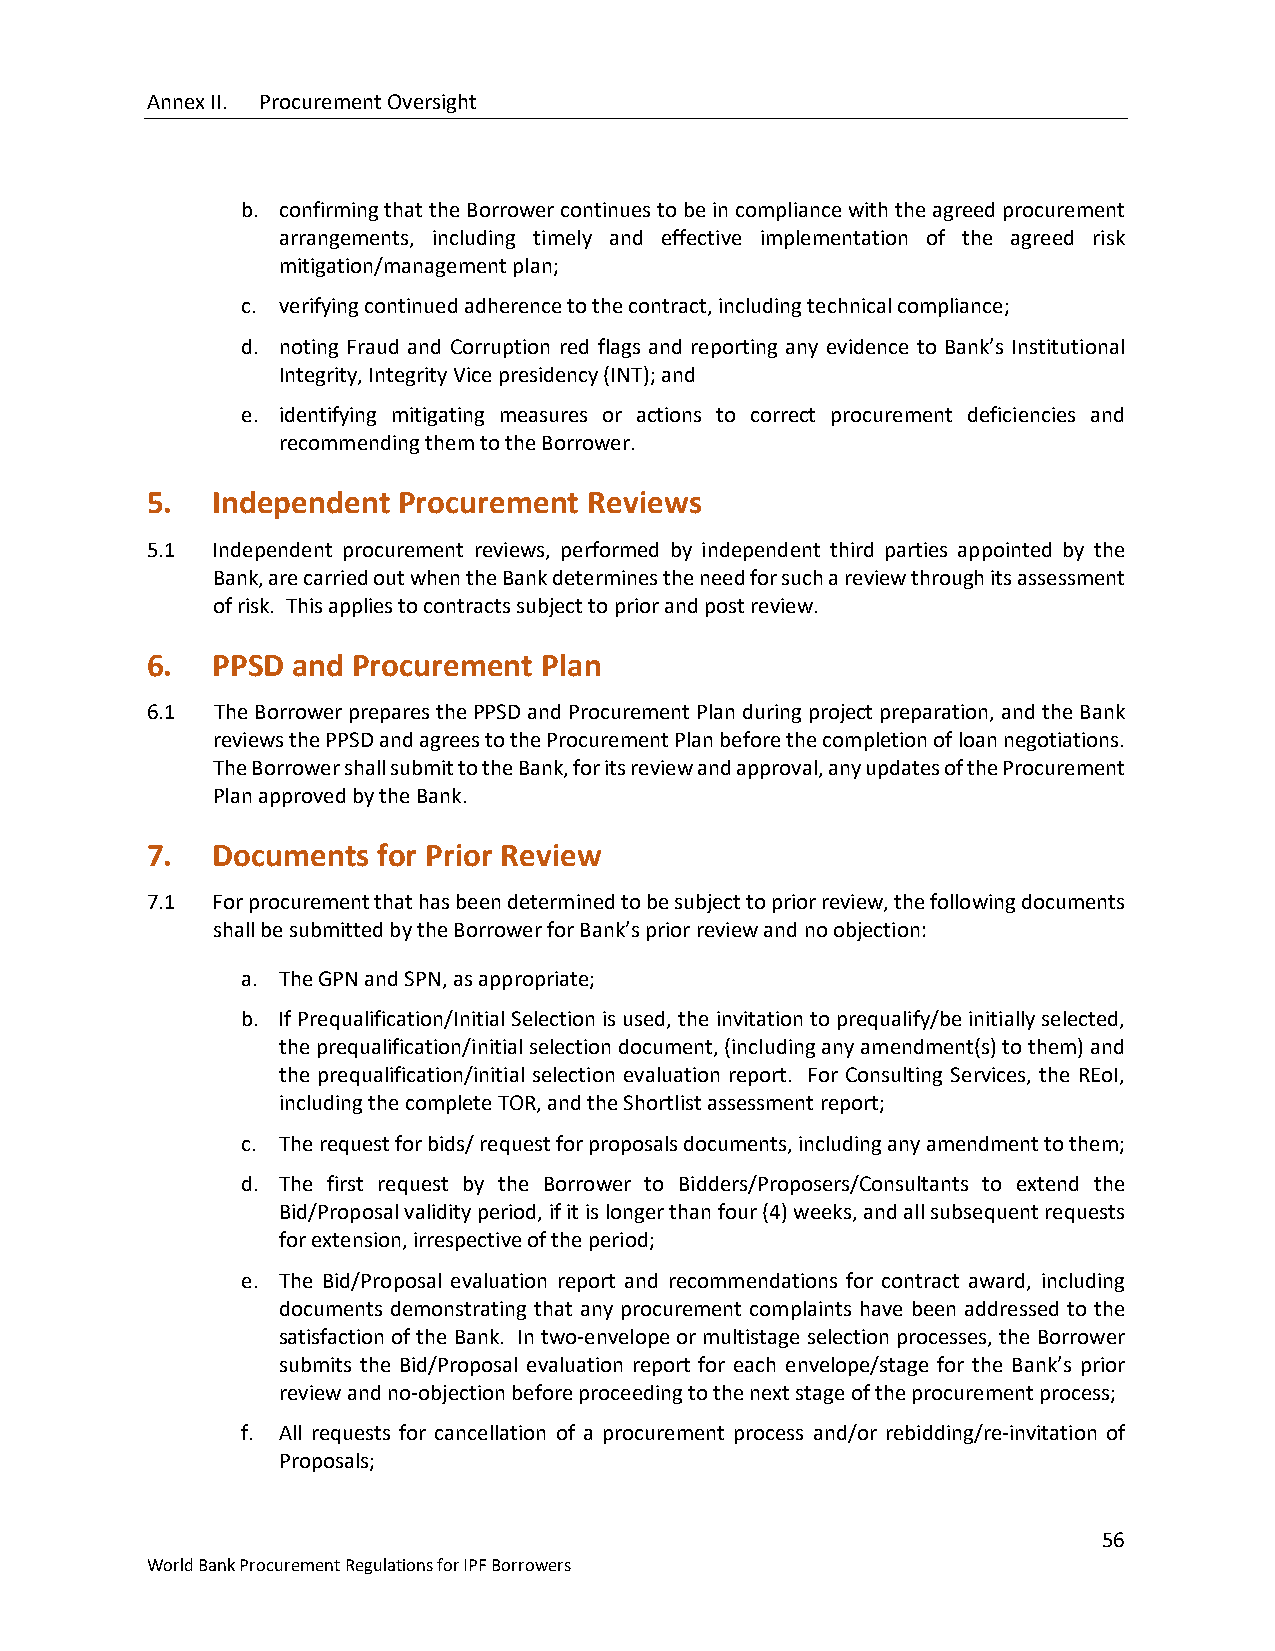
Annex II. Procurement Oversight
 b. confirming that the Borrower continues to be in compliance with the agreed procurement
 arrangements, including timely and effective implementation of the agreed risk
 mitigation/management plan;
 c. verifying continued adherence to the contract, including technical compliance;
 d. noting Fraud and Corruption red flags and reporting any evidence to Bank’s Institutional
 Integrity, Integrity Vice presidency (INT); and
 e. identifying mitigating measures or actions to correct procurement deficiencies and
 recommending them to the Borrower.
 5.  Independent Procurement  Reviews
 5.1 Independent procurement reviews, performed by independent third parties appointed by the
 Bank, are carried out when the Bank determines the need for such a review through its assessment
 of risk. This applies to contracts subject to prior and post review.
 6.  PPSD and Procurement  Plan
 6.1 The Borrower prepares the PPSD and Procurement Plan during project preparation, and the Bank
 reviews the PPSD and agrees to the Procurement Plan before the completion of loan negotiations.
 The Borrower shall submit to the Bank, for its review and approval, any updates of the Procurement
 Plan approved by the Bank.
 7.  Documents  for Prior Review
 7.1 For procurement that has been determined to be subject to prior review, the following documents
 shall be submitted by the Borrower for Bank’s prior review and no objection:
 a. The GPN and SPN, as appropriate;
 b. If Prequalification/Initial Selection is used, the invitation to prequalify/be initially selected,
 the prequalification/initial selection document, (including any amendment(s) to them) and
 the prequalification/initial selection evaluation report. For Consulting Services, the REoI,
 including the complete TOR, and the Shortlist assessment report;
 c. The request for bids/ request for proposals documents, including any amendment to them;
 d. The first request by the Borrower to Bidders/Proposers/Consultants to extend the
 Bid/Proposal validity period, if it is longer than four (4) weeks, and all subsequent requests
 for extension, irrespective of the period;
 e. The Bid/Proposal evaluation report and recommendations for contract award, including
 documents demonstrating that any procurement complaints have been addressed to the
 satisfaction of the Bank. In two-envelope or multistage selection processes, the Borrower
 submits the Bid/Proposal evaluation report for each envelope/stage for the Bank’s prior
 review and no-objection before proceeding to the next stage of the procurement process;
 f. All requests for cancellation of a procurement process and/or rebidding/re-invitation of
 Proposals;
 56
 World Bank Procurement Regulations for IPF Borrowers